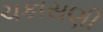
ચકાસણી